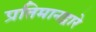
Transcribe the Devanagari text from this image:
प्रतिमानद्वारे